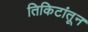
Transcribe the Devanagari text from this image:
तिकिटांतून